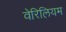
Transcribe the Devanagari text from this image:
वेरिलियम